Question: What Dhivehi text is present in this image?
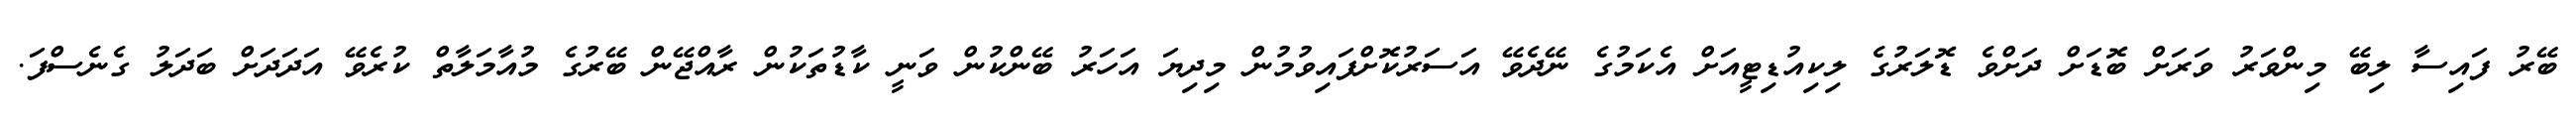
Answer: ބޭރު ފައިސާ ލިބޭ މިންވަރު ވަރަށް ބޮޑަށް ދަށްވެ ޑޮލަރުގެ ލިކިއުޑިޓީއަށް އެކަމުގެ ނޭދެވޭ އަސަރުކޮށްފައިވުމުން މިދިޔަ އަހަރު ބޭންކުން ވަނީ ކާޑުތަކުން ރާއްޖޭން ބޭރުގެ މުއާމަލާތް ކުރެވޭ އަދަދަށް ބަދަލު ގެނެސްފަ.